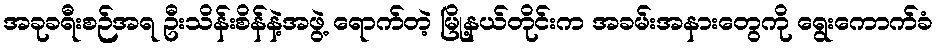
အခုခရီးစဉ်အရ ဦးသိန်းစိန်နဲ့အဖွဲ့ ရောက်တဲ့ မြို့နယ်တိုင်းက အခမ်းအနားတွေကို ရွေးကောက်ခံ